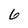
Character: 6